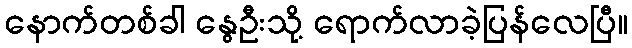
နောက်တစ်ခါ နွေဦးသို့ ရောက်လာခဲ့ပြန်လေပြီ။